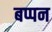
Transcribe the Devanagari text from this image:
बप्पन